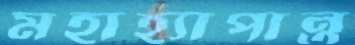
মহাহ্যাপান্ত